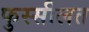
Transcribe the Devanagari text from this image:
फुस्सीलत